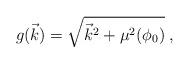
\begin{align*}g(\vec{k})=\sqrt{{\vec{k}}^2+\mu^2(\phi_0)} \; ,\end{align*}